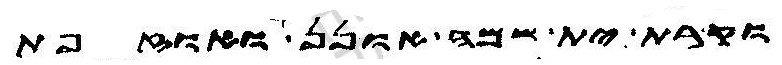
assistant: וקרת ית שמה אונן ואוזפת